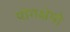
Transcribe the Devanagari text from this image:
योगक्षेमो